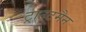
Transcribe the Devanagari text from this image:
ट्राउटमैन